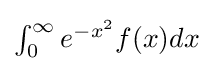
\textstyle \int _{0}^{\infty }e^{-x^{2}}f(x)dx